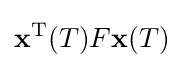
{\mathbf {x} }^{\mathrm {T} }(T)F{\mathbf {x} }(T)